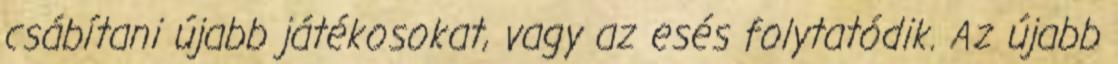
csábítani újabb játékosokat, vagy az esés folytatódik. Az újabb